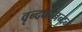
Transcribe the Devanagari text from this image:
वृन्दकानन्दनं